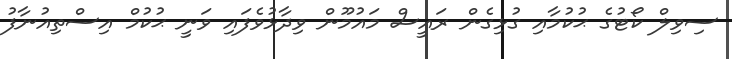
ސިވިލް ކޯޓުގެ ޙުކުމާއި ގުޅިގެން ރައީސް މައުމޫން ވިދާޅުވެފައި ވަނީ ޙުކުމް އިސްތިއުނާފު